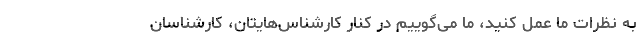
به نظرات ما عمل کنید، ما می‌گوییم در کنار کارشناس‌هایتان، کارشناسان